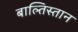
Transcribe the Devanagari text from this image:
बाल्तिस्तान